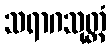
သရာဂသုတ္တံ